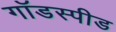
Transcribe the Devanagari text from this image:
गॉडस्पीड